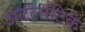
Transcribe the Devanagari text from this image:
अटलांटिके